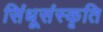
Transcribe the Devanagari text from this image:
सिंधूसंस्कृति